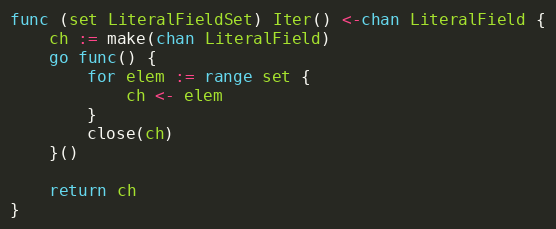
Language: Go
func (set LiteralFieldSet) Iter() <-chan LiteralField {
	ch := make(chan LiteralField)
	go func() {
		for elem := range set {
			ch <- elem
		}
		close(ch)
	}()

	return ch
}